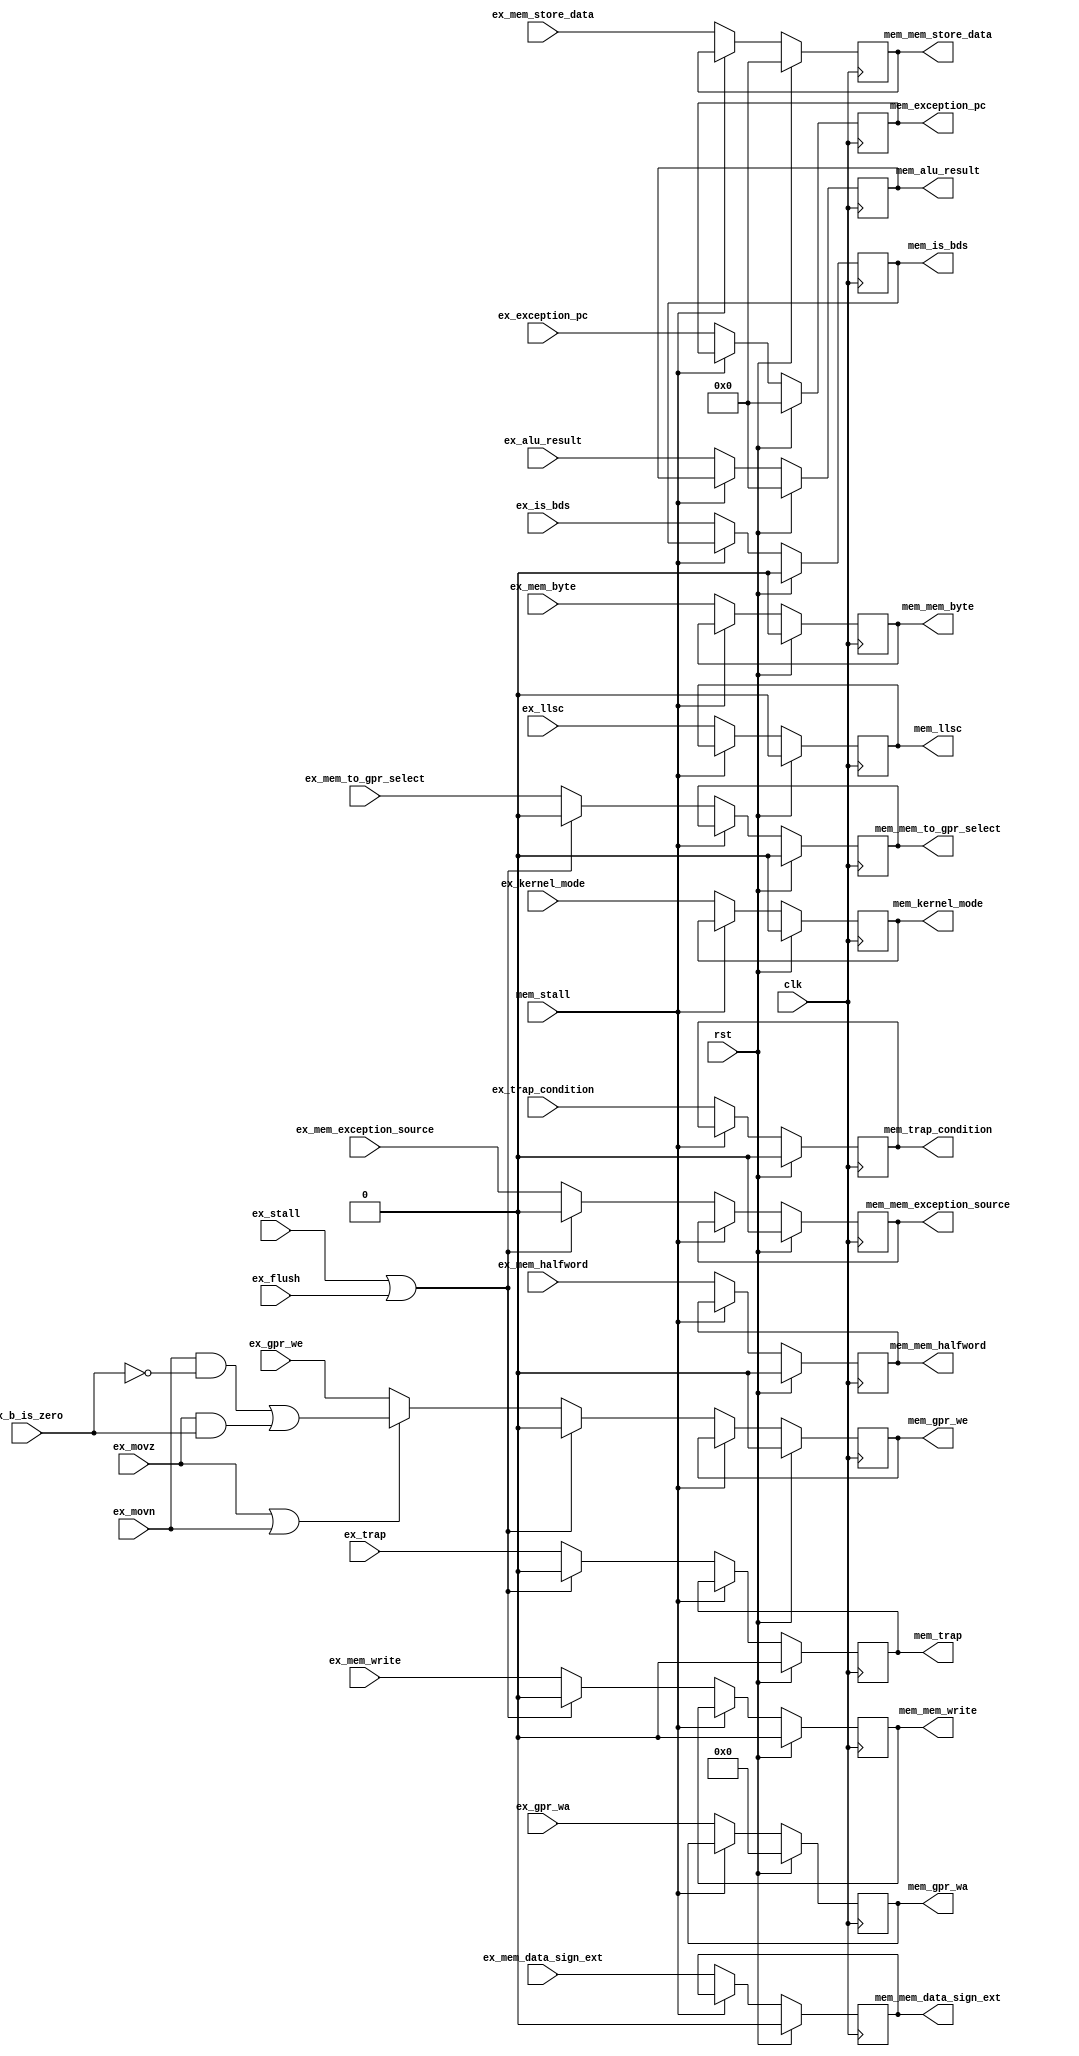
module antares_exmem_register (
                               input             clk,                      // main clock
                               input             rst,                      // main reset
                               input [31:0]      ex_alu_result,            // ALU result
                               input [31:0]      ex_mem_store_data,        // data to memory
                               input [4:0]       ex_gpr_wa,                // GPR write address
                               input             ex_gpr_we,                // GPR write enable
                               input             ex_mem_to_gpr_select,     // Select MEM/ALU to GPR
                               input             ex_mem_write,             // Mem write operation
                               input             ex_mem_byte,              // byte access
                               input             ex_mem_halfword,          // halfword access
                               input             ex_mem_data_sign_ext,     // Sign/Zero extend data from memory
                               input [31:0]      ex_exception_pc,
                               input             ex_movn,
                               input             ex_movz,
                               input             ex_b_is_zero,
                               input             ex_llsc,
                               input             ex_kernel_mode,
                               input             ex_is_bds,
                               input             ex_trap,
                               input             ex_trap_condition,
                               input             ex_mem_exception_source,  //
                               input             ex_flush,                 // clean
                               input             ex_stall,                 // stall EX stage
                               input             mem_stall,                // stall MEM stage
                               output reg [31:0] mem_alu_result,           // Same signals, but on mem stage
                               output reg [31:0] mem_mem_store_data,       //
                               output reg [4:0]  mem_gpr_wa,               //
                               output reg        mem_gpr_we,               //
                               output reg        mem_mem_to_gpr_select,    //
                               output reg        mem_mem_write,            //
                               output reg        mem_mem_byte,             //
                               output reg        mem_mem_halfword,         //
                               output reg        mem_mem_data_sign_ext,    //
                               output reg [31:0] mem_exception_pc,
                               output reg        mem_llsc,
                               output reg        mem_kernel_mode,
                               output reg        mem_is_bds,
                               output reg        mem_trap,
                               output reg        mem_trap_condition,
                               output reg        mem_mem_exception_source
                               );

    // Check for MOVN or MOVZ instruction
    wire    mov_reg_write = (ex_movn &  ~ex_b_is_zero) | (ex_movz &  ex_b_is_zero);

    //--------------------------------------------------------------------------
    // Propagate signals
    // Clear WE and Write signals only, on EX stall.
    //--------------------------------------------------------------------------
    always @(posedge clk) begin
        mem_alu_result           <= (rst) ? 32'b0 : ((mem_stall) ? mem_alu_result                                           : ex_alu_result);
        mem_mem_store_data       <= (rst) ? 32'b0 : ((mem_stall) ? mem_mem_store_data                                       : ex_mem_store_data);
        mem_gpr_wa               <= (rst) ? 5'b0  : ((mem_stall) ? mem_gpr_wa                                               : ex_gpr_wa);
        mem_gpr_we               <= (rst) ? 1'b0  : ((mem_stall) ? mem_gpr_we               : ((ex_stall | ex_flush) ? 1'b0 : ((ex_movz | ex_movn) ? mov_reg_write : ex_gpr_we)));
        mem_mem_to_gpr_select    <= (rst) ? 1'b0  : ((mem_stall) ? mem_mem_to_gpr_select    : ((ex_stall | ex_flush) ? 1'b0 : ex_mem_to_gpr_select));     // test
        mem_mem_write            <= (rst) ? 1'b0  : ((mem_stall) ? mem_mem_write            : ((ex_stall | ex_flush) ? 1'b0 : ex_mem_write));
        mem_mem_byte             <= (rst) ? 1'b0  : ((mem_stall) ? mem_mem_byte                                             : ex_mem_byte);
        mem_mem_halfword         <= (rst) ? 1'b0  : ((mem_stall) ? mem_mem_halfword                                         : ex_mem_halfword);
        mem_mem_data_sign_ext    <= (rst) ? 1'b0  : ((mem_stall) ? mem_mem_data_sign_ext                                    : ex_mem_data_sign_ext);
        mem_exception_pc         <= (rst) ? 32'b0 : ((mem_stall) ? mem_exception_pc                                         : ex_exception_pc);
        mem_llsc                 <= (rst) ? 1'b0  : ((mem_stall) ? mem_llsc                                                 : ex_llsc);
        mem_kernel_mode          <= (rst) ? 1'b0  : ((mem_stall) ? mem_kernel_mode                                          : ex_kernel_mode);
        mem_is_bds               <= (rst) ? 1'b0  : ((mem_stall) ? mem_is_bds                                               : ex_is_bds);
        mem_trap                 <= (rst) ? 1'b0  : ((mem_stall) ? mem_trap                 : ((ex_stall | ex_flush) ? 1'b0 : ex_trap));
        mem_trap_condition       <= (rst) ? 1'b0  : ((mem_stall) ? mem_trap_condition                                       : ex_trap_condition);
        mem_mem_exception_source <= (rst) ? 1'b0  : ((mem_stall) ? mem_mem_exception_source : ((ex_stall | ex_flush) ? 1'b0 : ex_mem_exception_source));
    end // always @ (posedge clk)
endmodule